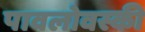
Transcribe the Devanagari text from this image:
पावलोवस्की